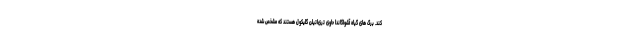
کند. برگ های گیاه آشواگاندا حاوی تری‌اتیلن گلیکول هستند که مشخص شده